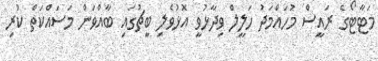
މަޓާޓޯގެ ރައީސް މުހައްމަދު ހަލީލް ވިދާޅުވީ އޮޅުވެލި ބީޗުގައި ބާއްވަން މަސައްކަތް ކުރި